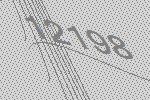
12198